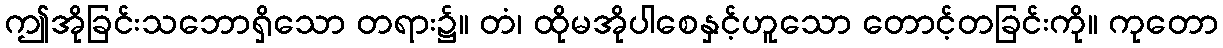
ဤအိုခြင်းသဘောရှိသော တရား၌။ တံ၊ ထိုမအိုပါစေနှင့်ဟူသော တောင့်တခြင်းကို။ ကုတော